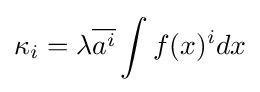
\kappa _{i}=\lambda {\overline {a^{i}}}\int f(x)^{i}dx